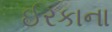
ઈરકાના